Vaccination in Bombay 1869-1873 - 1869-1873
Year: 1869
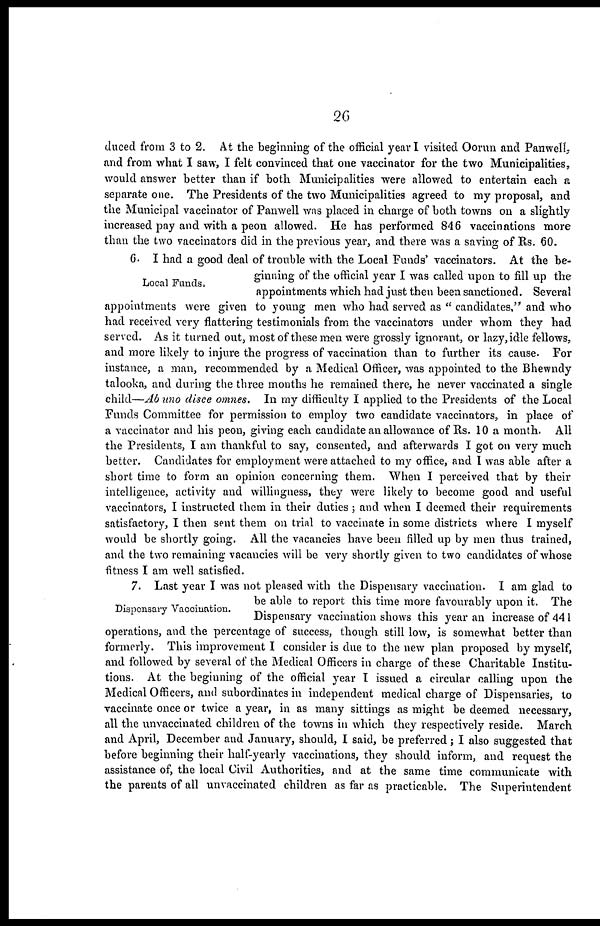
26
duced from 3 to 2. At the beginning of the official year I visited Oorun and Panwell,
and from what I saw, I felt convinced that one vaccinator for the two Municipalities,
would answer better than if both Municipalities were allowed to entertain each a
separate one. The Presidents of the two Municipalities agreed to my proposal, and
the Municipal vaccinator of Panwell was placed in charge of both towns on a slightly
increased pay and with a peon allowed. He has performed 846 vaccinations more
than the two vaccinators did in the previous year, and there was a saving of Rs. 60.
Local Funds.
6. I had a good deal of trouble with the Local Funds' vaccinators. At the be-
ginning of the official year I was called upon to fill up the
appointments which had just then been sanctioned. Several
appointments were given to young men who had served as " candidates," and who
had received very flattering testimonials from the vaccinators under whom they had
served. As it turned out, most of these men were grossly ignorant, or lazy, idle fellows,
and more likely to injure the progress of vaccination than to further its cause. For
instance, a man, recommended by a Medical Officer, was appointed to the Bhewndy
talooka, and during the three months he remained there, he never vaccinated a single
child—Ab uno disce omnes. In my difficulty I applied to the Presidents of the Local
Funds Committee for permission to employ two candidate vaccinators, in place of
a vaccinator and his peon, giving each candidate an allowance of Rs. 10 a month. All
the Presidents, I am thankful to say, consented, and afterwards I got on very much
better. Candidates for employment were attached to my office, and I was able after a
short time to form an opinion concerning them. When I perceived that by their
intelligence, activity and willingness, they were likely to become good and useful
vaccinators, I instructed them in their duties ; and when I deemed their requirements
satisfactory, I then sent them on trial to vaccinate in some districts where I myself
would be shortly going. All the vacancies have been filled up by men thus trained,
and the two remaining vacancies will be very shortly given to two candidates of whose
fitness I am well satisfied.
Dispensary Vaccination.
7. Last year I was not pleased with the Dispensary vaccination. I am glad to
be able to report this time more favourably upon it. The
Dispensary vaccination shows this year an increase of 441
operations, and the percentage of success, though still low, is somewhat better than
formerly. This improvement I consider is due to the new plan proposed by myself,
and followed by several of the Medical Officers in charge of these Charitable Institu-
tions. At the beginning of the official year I issued a circular calling upon the
Medical Officers, and subordinates in independent medical charge of Dispensaries, to
vaccinate once or twice a year, in as many sittings as might be deemed necessary,
all the unvaccinated children of the towns in which they respectively reside. March
and April, December and January, should, I said, be preferred; I also suggested that
before beginning their half-yearly vaccinations, they should inform, and request the
assistance of, the local Civil Authorities, and at the same time communicate with
the parents of all unvaccinated children as far as practicable. The Superintendent